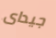
جيداى